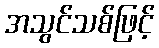
အသွင်သစ်ဖြင့်